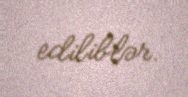
ediliblər.